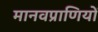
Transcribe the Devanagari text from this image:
मानवप्राणियों